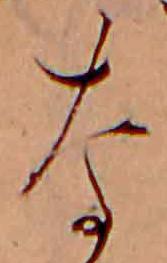
な